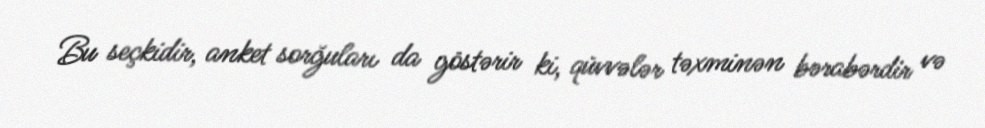
Bu seçkidir, anket sorğuları da göstərir ki, qüvvələr təxminən bərabərdir və